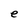
Character: e